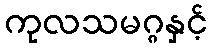
ကုလသမဂ္ဂနှင့်